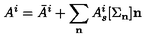
A ^ { i } = \bar { A } ^ { i } + \sum _ { \bf n } A _ { s } ^ { i } [ { \Sigma _ { \bf n } } ] { \bf n }